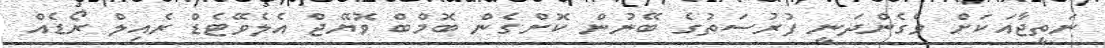
ނަތީޖާއަކަށް ވެގެންދަނީ ފުރުސަތުގެ ބޭނުން ކޮށްގެން ބޮމްބް ވޮޔޭޖް އެލެވޭޓެޑް ރެއިލް ރޯޑެއް